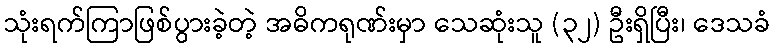
သုံးရက်ကြာဖြစ်ပွားခဲ့တဲ့ အဓိကရုဏ်းမှာ သေဆုံးသူ (၃၂) ဦးရှိပြီး၊ ဒေသခံ